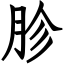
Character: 胗